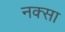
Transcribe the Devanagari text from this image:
नक्सा